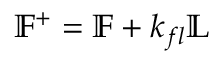
\mathbb { F } ^ { + } = \mathbb { F } + k _ { f l } \mathbb { L }